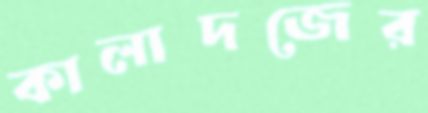
কালাদজের